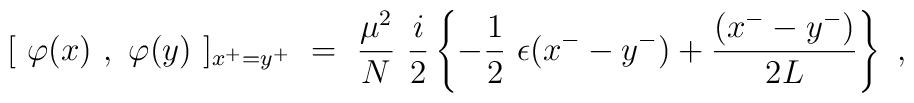
[~\varphi(x)~,~\varphi(y)~]_{x^+=y^+} ~=~ \frac{\mu^2}{N}~ \frac{i}{2}     \left\{ - \frac{1}{2}~ \epsilon( x^- - y^- )      + \frac{( x^- - y^- ) }{2 L} \right\} ~,